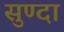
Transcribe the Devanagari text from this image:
सुण्दा